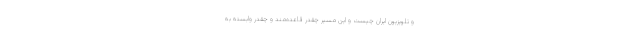
و تلویزیون ایران چیست و این مسیر چقدر قاعده‌مند و چقدر وابسته به